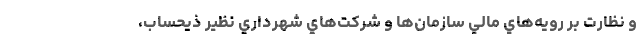
و نظارت بر رويه‌هاي مالي سازمان‌ها و شركت‌هاي شهرداري نظير ذيحساب،